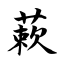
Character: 蔌